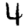
Digit: 4